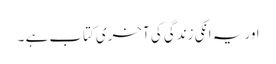
اور یہ انکی زندگی کی آخری کتاب ہے ۔